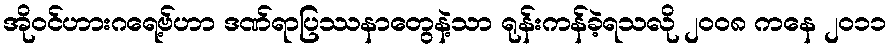
အိုဝင်ဟားဂရေ့ဗ်ဟာ ဒဏ်ရာပြဿနာတွေနဲ့သာ ရုန်းကန်ခဲ့ရသလို ၂၀၀၈ ကနေ ၂၀၁၁